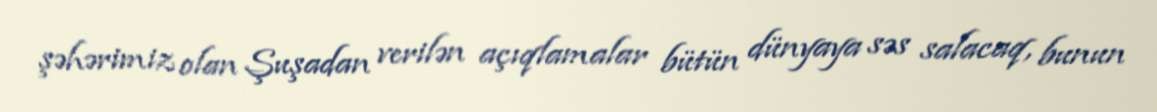
şəhərimiz olan Şuşadan verilən açıqlamalar bütün dünyaya səs salacaq, bunun